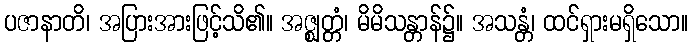
ပဇာနာတိ၊ အပြားအားဖြင့်သိ၏။ အဇ္ဈတ္တံ၊ မိမိသန္တာန်၌။ အသန္တံ၊ ထင်ရှားမရှိသော။